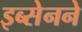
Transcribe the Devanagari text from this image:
इब्सेनने